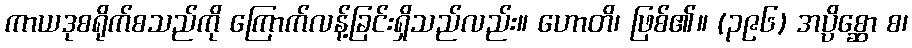
ကာယဒုစရိုက်စသည်ကို ကြောက်လန့်ခြင်းရှိသည်လည်း။ ဟောတိ၊ ဖြစ်၏။ (၃၉၆) အပ္ပိစ္ဆော စ၊